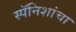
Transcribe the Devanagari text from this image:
स्पॅनिशांचा